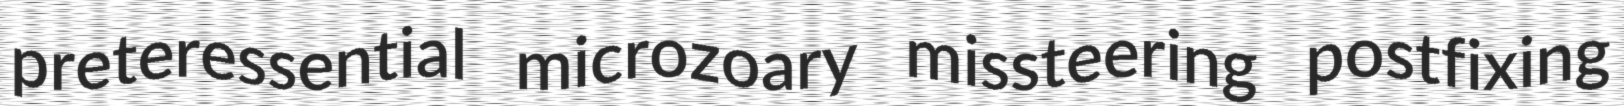
preteressential microzoary missteering postfixing